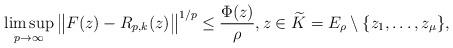
LaTeX: \begin{align*}\limsup_{p\to\infty}\big\|F(z)-R_{p,k}(z)\big\|^{1/p}\leq \frac{\Phi(z)}{\rho},z\in \widetilde{K}=E_\rho\setminus\{z_1,\ldots,z_\mu\},\end{align*}